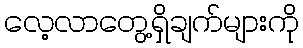
လေ့လာတွေ့ရှိချက်များကို